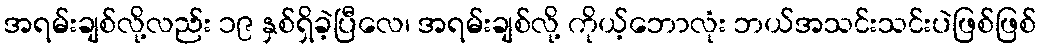
အရမ်းချစ်လို့လည်း ၁၉ နှစ်ရှိခဲ့ပြီလေ၊ အရမ်းချစ်လို့ ကိုယ့်ဘောလုံး ဘယ်အသင်းသင်းပဲဖြစ်ဖြစ်